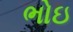
ભોઇ